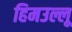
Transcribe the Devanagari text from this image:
हिमउल्लू